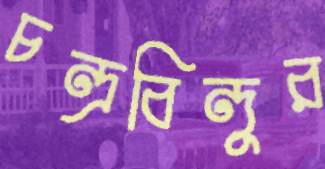
চন্দ্রবিন্দুর